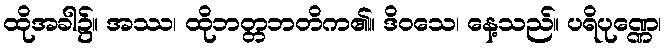
ထိုအခါ၌။ အဿ၊ ထိုဘတ္တဘတိက၏။ ဒိဝသေ၊ နေ့သည်။ ပရိပုဏ္ဏေ၊